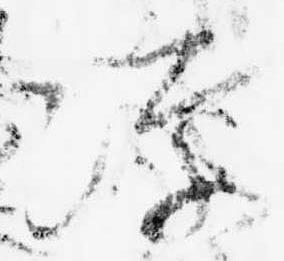
涼